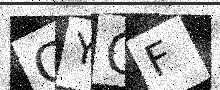
Text: QYOF